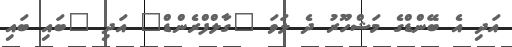
އަދި އެ ބޭންޑްގެ މަޝްހޫރު ދެ ލަވަ "ގާލްފްރެންޑް" އަދި "ބައި ބައި